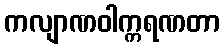
ကလျာဏဝါက္ကရဏတာ